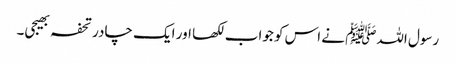
رسول اللہﷺ نے اس کو جواب لکھا اور ایک چادر تحفہ بھیجی۔